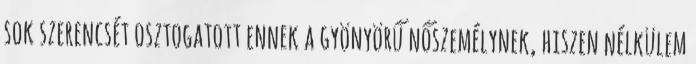
sok szerencsét osztogatott ennek a gyönyörű nőszemélynek, hiszen nélkülem